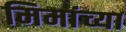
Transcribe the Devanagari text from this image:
मिमांच्या